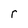
Character: r